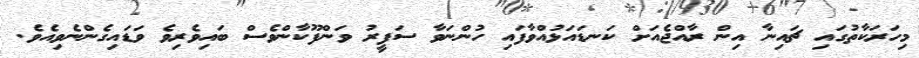
މިހަރަކާތުގައި ޗައިނާ އިން ރާއްޖެއަށް ކަނޑައަޅުއްވާފައި ހުންނަވާ ސަފީރު ވަންފޫކާންވެސް ބައިވެރިވެ ވަޑައިގެންނެވިއެވެ.